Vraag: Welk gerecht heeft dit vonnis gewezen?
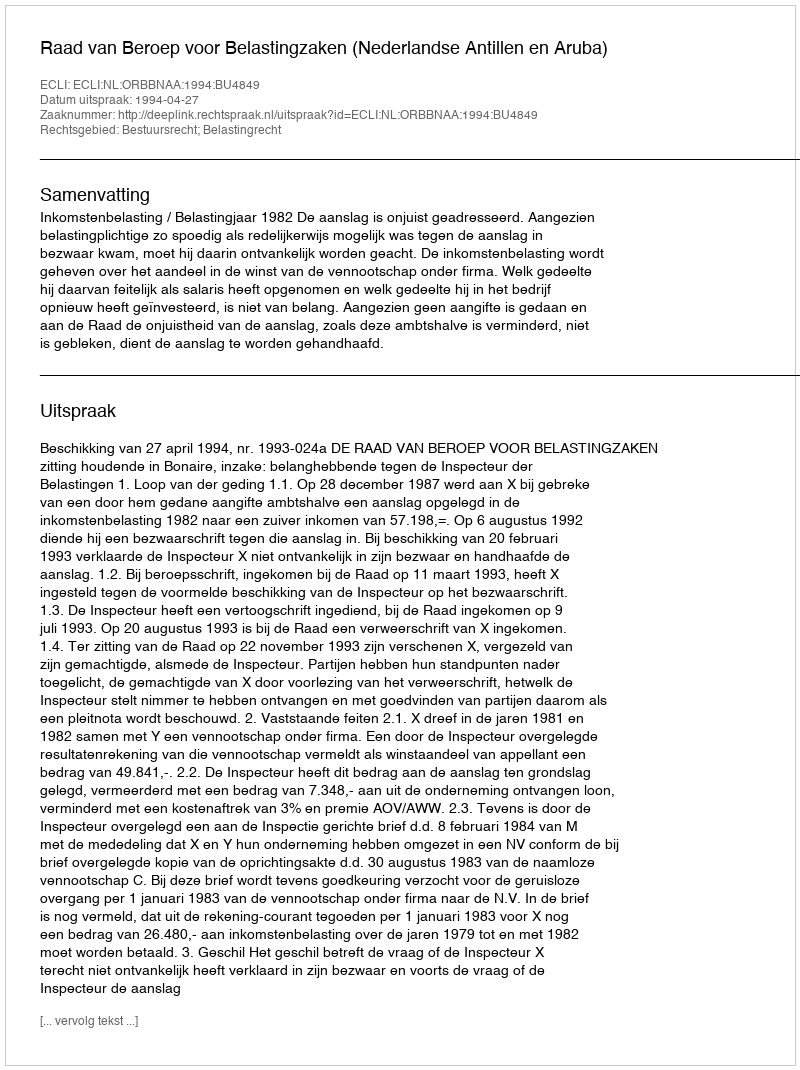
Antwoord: Raad van Beroep voor Belastingzaken (Nederlandse Antillen en Aruba)